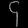
Digit: ၄